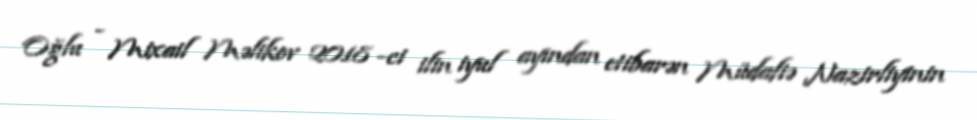
Oğlu - Mixail Məlikov 2018 -ci ilin iyul ayından etibarən Müdafiə Nazirliyinin